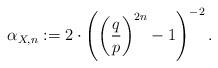
LaTeX: \begin{align*} \alpha_{X,n} := 2 \cdot \left( \left( \frac{q}{p} \right)^{2n}-1\right)^{-2}.\end{align*}